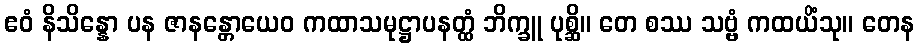
ဧဝံ နိသိန္နော ပန ဇာနန္တောယေဝ ကထာသမုဋ္ဌာပနတ္ထံ ဘိက္ခူ ပုစ္ဆိ။ တေ စဿ သဗ္ဗံ ကထယိံသု။ တေန